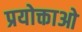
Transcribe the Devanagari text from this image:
प्रयोक्ताओ